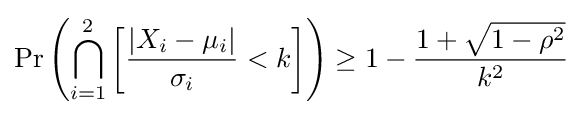
\Pr \left(\bigcap _{i=1}^{2}\left[{\frac {|X_{i}-\mu _{i}|}{\sigma _{i}}}<k\right]\right)\geq 1-{\frac {1+{\sqrt {1-\rho ^{2}}}}{k^{2}}}